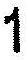
1